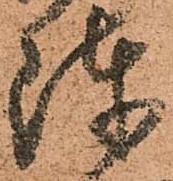
陣